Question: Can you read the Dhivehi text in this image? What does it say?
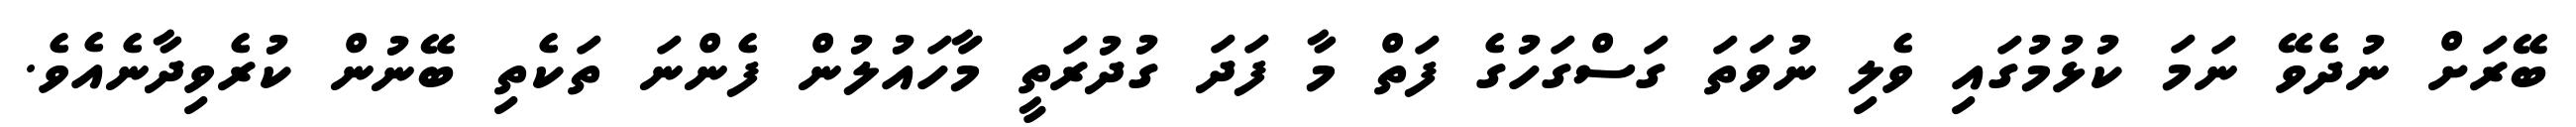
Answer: ބޭރަށް ނުދެވޭ ނަމަ ކުޅުމުގައި ވެލި ނުވަތަ ގަސްގަހުގެ ފަތް މާ ފަދަ ގުދުރަތީ މާަހައުލުން ފެންނަ ތަކެތި ބޭނުން ކުރެވިދާނެއެވެ.